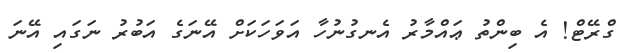
ގްރޭޓް! އެ ބިންތު ޢައްމާރު އެނގުނުހާ އަވަހަކަށް އޭނަގެ އަބުރު ނަގައި އޭނަ